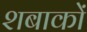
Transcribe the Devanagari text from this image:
शबाकों